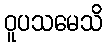
ဝူပသမေသိ